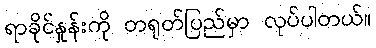
ရာခိုင်နှုန်းကို တရုတ်ပြည်မှာ လုပ်ပါတယ်။